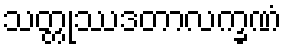
သတ္တုဿဒတာလက္ခဏံ